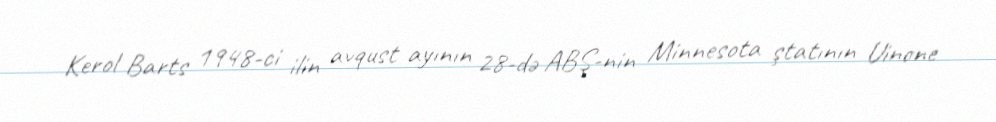
Kerol Barts 1948-ci ilin avqust ayının 28-də ABŞ-nin Minnesota ştatının Uinone